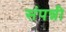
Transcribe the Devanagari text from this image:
संपन्नी